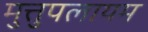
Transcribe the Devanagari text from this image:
मुत्तुपलायम